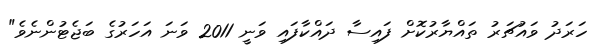
ހަރަދު ވައުޗަރު ތައްޔާރުކޮށް ފައިސާ ދައްކާފައި ވަނީ 2011 ވަނަ އަހަރުގެ ބަޖެޓުންނެވެ"